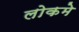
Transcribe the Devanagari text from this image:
लोकमे